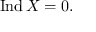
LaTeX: \operatorname { I n d } X = 0 .